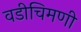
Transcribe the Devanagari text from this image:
वडीचिमणी